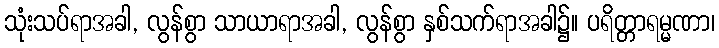
သုံးသပ်ရာအခါ, လွန်စွာ သာယာရာအခါ, လွန်စွာ နှစ်သက်ရာအခါ၌။ ပရိတ္တာရမ္မဏာ၊